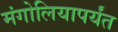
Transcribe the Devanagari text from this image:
मंगोलियापर्यंत